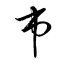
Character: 市